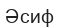
Әсиф